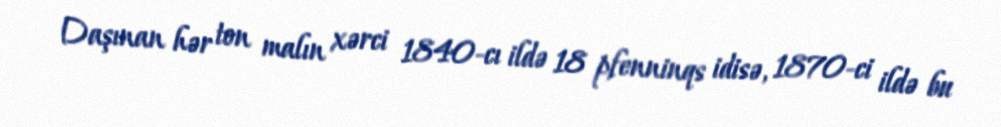
Daşınan hər ton malın xərci 1840-cı ildə 18 pfenninqs idisə, 1870-ci ildə bu